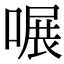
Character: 𠹖